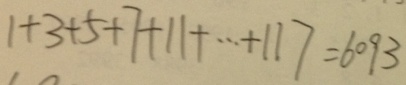
1 + 3 + 5 + 7 + 1 1 + \cdots + 1 1 7 = 6 0 9 3